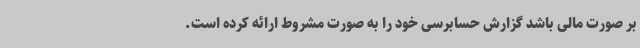
بر صورت مالی باشد گزارش حسابرسی خود را به صورت مشروط ارائه کرده است.